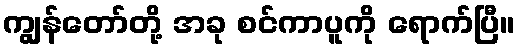
ကျွန်တော်တို့ အခု စင်ကာပူကို ရောက်ပြီ။